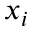
x _ { i }